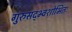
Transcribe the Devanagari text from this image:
गुरुसद्भ्वशोभितः